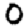
Digit: 0